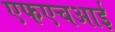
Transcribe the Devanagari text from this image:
एफएचआई